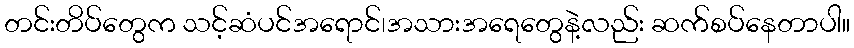
တင်းတိပ်တွေက သင့်ဆံပင်အရောင်၊အသားအရေတွေနဲ့လည်း ဆက်စပ်နေတာပါ။